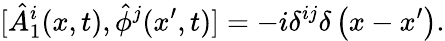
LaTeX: [\hat{A}_{1}^{i}(x,t),\hat{\phi}^{j}(x^{\prime},t)]=-i\delta^{ij}\delta\left(x-x^{\prime}\right).